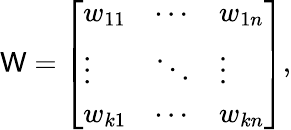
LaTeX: {\mathsf{W}}={\left[\begin{array}{lll}{w_{11}}&{\cdots}&{w_{1n}}\\ {\vdots}&{\ddots}&{\vdots}\\ {w_{k1}}&{\cdots}&{w_{kn}}\end{array}\right]},